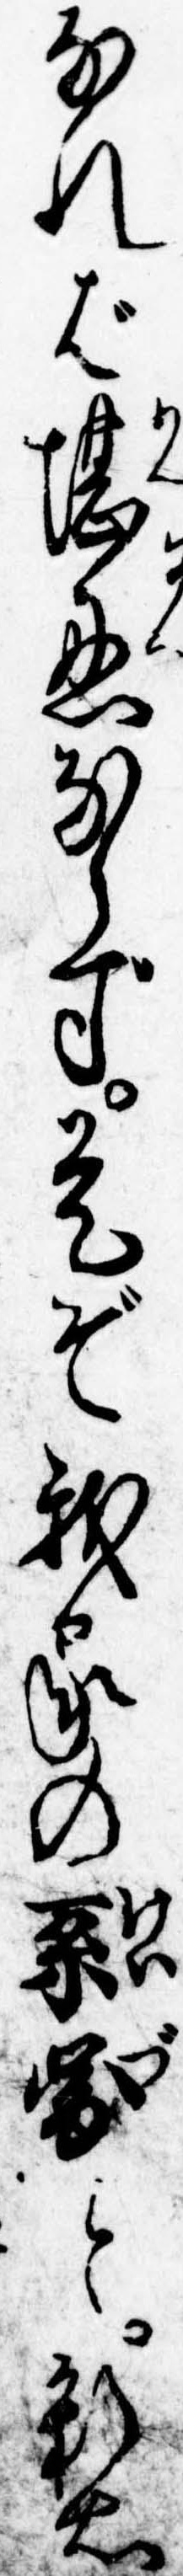
なれば堪忍ならず是ぞ我家の系図と新右